King Institute of Preventive Medicine Micro-Biological Section reports 1912-19
Year: 1912
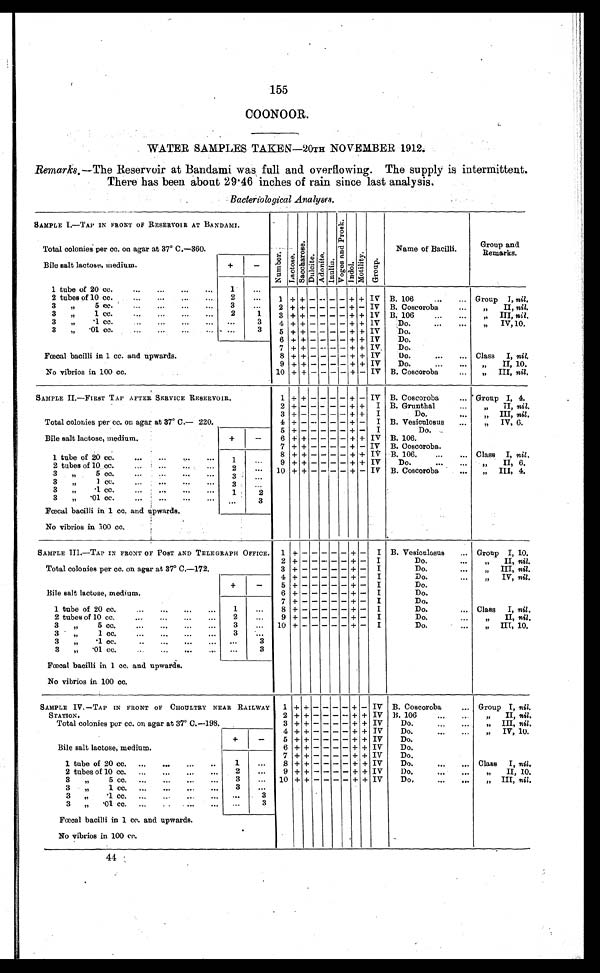
155
COON00R.
WATER SAMPLES TAKEN-20TH NOVEMBER 1912.
Remarks.—The Reservoir at Bandami was full and overflowing. The supply is intermittent
.
There has been about 29.46 inches of rain since last analysis.
Bacteriological Analyses.
SAMPLE I.—TAP IN FRONT OF RESERVOIR AT BANDAMI.
N u m b e r
L a c t o a e
S a œ h a r o s e
D u l c i t e Adoni t e
I n u l i n
V o g a a n d P r o s k .
I n d o l
M o t a l i t y .
G r o u p
Name of Bacilli.
Group and
Remarks.
Total colonies per cc. on agar at 37° C.—360.
Bile salt lactose, medium.
+
-
1 tube of 20 cc. ... ... ... ...
1
. . .
2 tubes of 10 cc.
...
...
...
2
. . .
1 + + - - - - + + IV B. 106
...
. . . Group I, nil .
3„ 5 Cc. ... ... ... ...
3
. . .
2 + + - - - - + - IV B. Coscoroba . . .
„ II, nil.
3 „
1 cc. ... ...
2
1
3 + + - - - - + + IV B. 106 . . . „ III, nil.
3 „ .1 cc. ... ... ...
. . .
3
4 + + - - - - + + IV
D o „ IV, 10,
3 „ .01 cc. ... ... ... ...
. . .
3
5
+ + - - - - + + IV
D o .
6 + + - - - - + + IV
D o .
Fœcal bacilli in 1 cc. and upwards.
7 + + - - - - + + IV,
D o .
8 + + - - - - + + IV
Do. . . .
. . . Class I, nil .
No vibrios in 100 cc.
9 + + - - - - + + IV
Do. . . .
. . . „ II, 10.
10 + + - - - -
+ - IV B. Coscoroba . . . „ III , nil,
SAMPLE II.—FIRST TAP AFTER SERVICE 'R E S E R V O I R .
1 + +
- - - - +
- IV B. Coscoroba
... Group I, 4.
2 + - - - - - + + I B. Grunthal
„ I I ,
n i l
.
Total colonies per cc. on agar at 37°C.—220.
3 + - - - - - + + I
D o .
„ I I I ,
n i l
.
4 + - - - - - + - I B. Vesiculosus
... „ IV, 6.
Bile salt lactose, medium.
+
-
5 + - - - - - + - I
D o .
6 + + - - - - + + IV B. 106,
7 + + - - - - + – IV B. Cscoroba.
1 tube of 20 cc. . . .
. . .
. . .
. . . 1
. . .
8 + + - - - - + +
I V B. 106, ... ...
Class I, nil.
9 + + - - - - + + IV
Do. . . .
. . . „ II, 6.
2 tubes of 10 cc. . . .
. . .
. . .
. . .
2
. . .
10 + + - - - - + - IV B. Coscoroba
... „ III, 4.
3 „ 5 cc. . . .
. . .
. . .
. . . 3
3 „ 1 cc.
•••
•••
•••
•••
3
. .
3„ .1 cc. . . .
. . .
. . .
. . . 1
2
3 „ .01 cc. . . .
. . .
. . . . . .
3
Fœcal bacilli in 1 cc. and upwards.
No vibrios in 100 cc.
SAMPLE III.—TAP IN FRONT OF POST AND TELEGRAPH OFFICE.
1 + - - - - - + - I B. Vesiculosus . . . Group I, 10.
2 + - - - - - + - I
Do. ...
„
II, nil.
Total colonies per cc. on agar at 37° C.—172.
3 + - - - - - + - I
Do. ...
„
III, nil.
4 + - - - - - + - I
Do.
„ IV, nil.
Bile salt lactose, medium.
+ - 5 + - - - - - + - I
Do.
6 + - - - - - + - I
Do.
7 + - - - - - + - I
Do.
1 tube of 20 cc. ... ...
1
. . .
8 + - - - - - + - I
Do. ...
Class I, n i l .
2 tubes of 10 cc. ... ... .
2
9 + - - - - - + - I
Do. ...
„ II, nil.
3„ 5 cc. ... ... ... ...
3
. . .
10
+ - - - - - + - I
Do. ...
„ III, 10.
3 „ 1 cc. ... ...
3
. . .
3„ .1 cc. ... ... ...
. . .
3
3 „ .01 cc. ... ... ...
. . .
3
Fœcal bacilli in 1 cc, and upwards.
No vibrios in 100 cc.
SAMPLE IV.—TAP IN FRONT OF CHOULTRY NEAR RAILWAY
S T A T I O N .
1 + +
- - - - +
-
I V B. Coscoroba . . . Group I, nil.
2 + + - - - - + + IV B. 106 . . .
. . . „
II, nil.
Total colonies per cc. on agar at 37° C.—198.
3 + + - - - - + + IV
Do. ... ...
„ III, nil.
Bile salt lactose, medium.
+
-
4 + + - - - - + + IV
Do. ... ...
„ IV, 10.
5
+ + - - - -
+ + IV
Do.
6 + + - - - - + + IV
Do.
1 tube of 20 cc. . . .
. . .
. . .
. .
1
. . .
7 + + - - - - + + IV
Do,
8 + + - - - - + + IV
Do. ... ...
Class I, nil
2 tubes of 10 cc. . . .
. . .
. . .
. . . 2
. . .
9 + + - - - - + + IV
Do. ...
„ II, 10.
10 + + - - - - + + IV
Do.
.... ...
„ III, nil.
3 „ 5 cc. . . .
. . .
. . .
. . . 3
. . .
3 „ 1 cc. . . .
. . .
. . . 3
. . .
3„ .1 cc. ... ...
. . .
3
3 „ .01 cc. . . .
. . .
3
Fœcal bacilli in 1 cc. and upwards.
No vibrios in 100 cc.
44